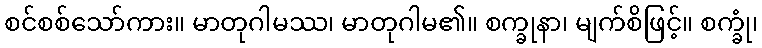
စင်စစ်သော်ကား။ မာတုဂါမဿ၊ မာတုဂါမ၏။ စက္ခုနာ၊ မျက်စိဖြင့်။ စက္ခုံ၊